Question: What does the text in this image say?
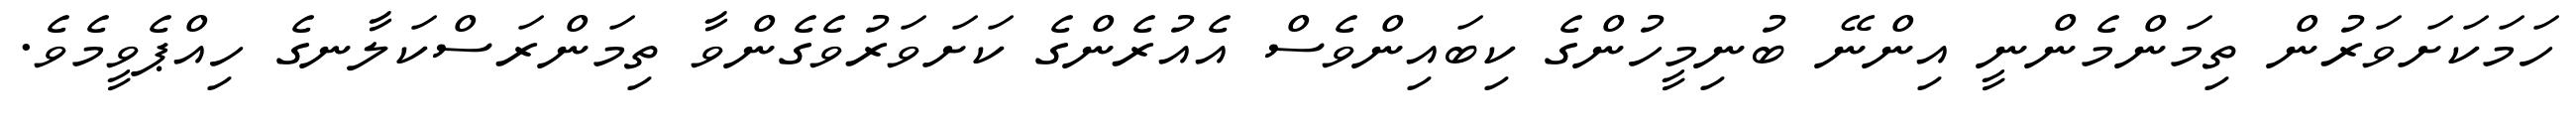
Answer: ހަމަކަށަވަރުން ތިމަންމެންނީ އިންނޭ ބުނިމީހުންގެ ކިބައިންވެސް އެއުރެންގެ ކަށަވަރުވެގެންވާ ތިމަންރަސްކަލާނގެ ހިއްޕެވީމެވެ.